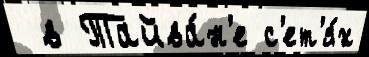
 в Тайва́н'е с'ет'я́х